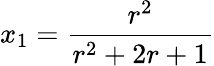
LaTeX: x_{1}=\frac{r^{2}}{r^{2}+2r+1}